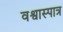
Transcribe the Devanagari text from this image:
वश्वास्पात्र